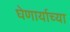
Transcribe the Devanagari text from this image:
घेणार्याच्या